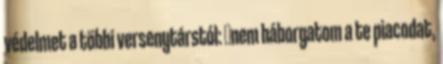
védelmet a többi versenytárstól: nem háborgatom a te piacodat,